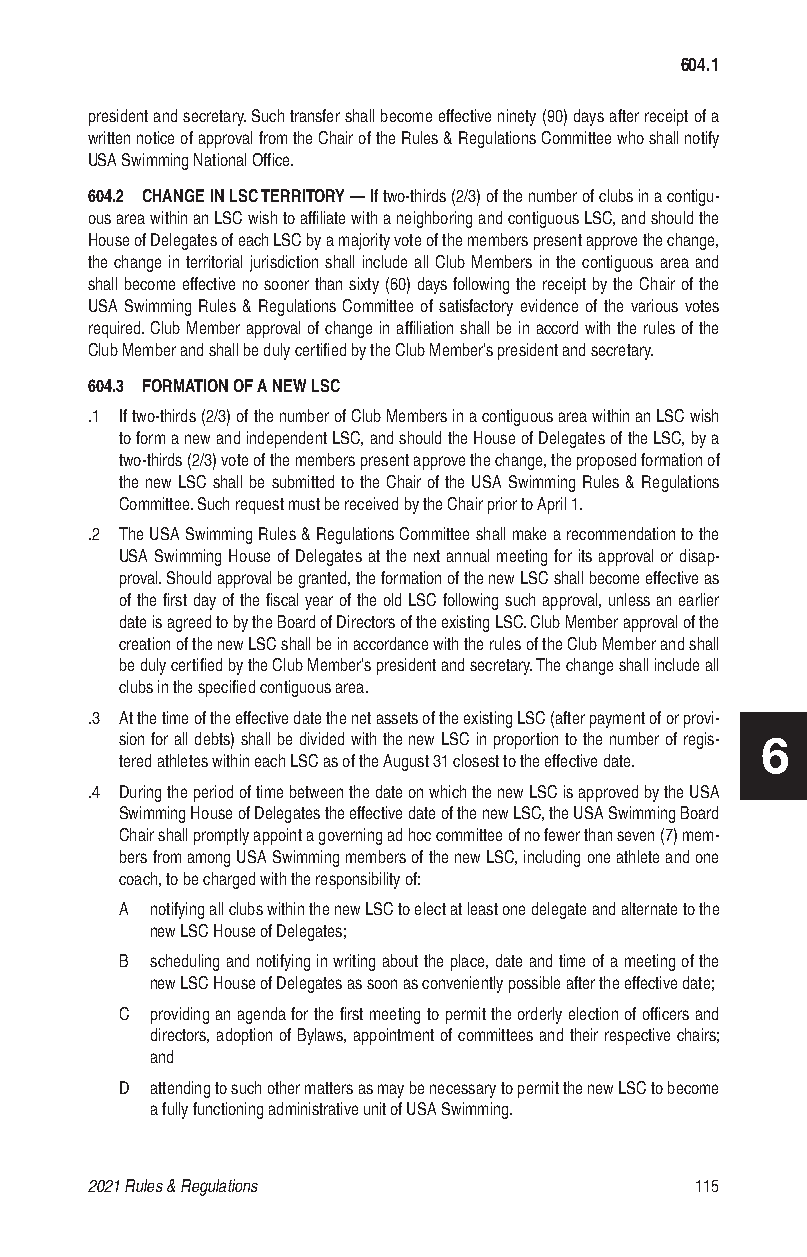
604.1
 president and secretary. Such transfer shall become effective ninety (90) days after receipt of a
 written notice of approval from the Chair of the Rules & Regulations Committee who shall notify
 USA Swimming National Office.
 604.2 CHANGE IN LSC TERRITORY — If two-thirds (2/3) of the number of clubs in a contigu-
 ous area within an LSC wish to affiliate with a neighboring and contiguous LSC, and should the
 House of Delegates of each LSC by a majority vote of the members present approve the change,
 the change in territorial jurisdiction shall include all Club Members in the contiguous area and
 shall become effective no sooner than sixty (60) days following the receipt by the Chair of the
 USA Swimming Rules & Regulations Committee of satisfactory evidence of the various votes
 required. Club Member approval of change in affiliation shall be in accord with the rules of the
 Club Member and shall be duly certified by the Club Member’s president and secretary.
 604.3 FORMATION OF A NEW LSC
 .1 If two-thirds (2/3) of the number of Club Members in a contiguous area within an LSC wish
 to form a new and independent LSC, and should the House of Delegates of the LSC, by a
 two-thirds (2/3) vote of the members present approve the change, the proposed formation of
 the new LSC shall be submitted to the Chair of the USA Swimming Rules & Regulations
 Committee. Such request must be received by the Chair prior to April 1.
 .2 The USA Swimming Rules & Regulations Committee shall make a recommendation to the
 USA Swimming House of Delegates at the next annual meeting for its approval or disap-
 proval. Should approval be granted, the formation of the new LSC shall become effective as
 of the first day of the fiscal year of the old LSC following such approval, unless an earlier
 date is agreed to by the Board of Directors of the existing LSC. Club Member approval of the
 creation of the new LSC shall be in accordance with the rules of the Club Member and shall
 be duly certified by the Club Member’s president and secretary. The change shall include all
 clubs in the specified contiguous area.
 .3 At the time of the effective date the net assets of the existing LSC (after payment of or provi-
 sion for all debts) shall be divided with the new LSC in proportion to the number of regis- 6
 tered athletes within each LSC as of the August 31 closest to the effective date.
 .4 During the period of time between the date on which the new LSC is approved by the USA
 Swimming House of Delegates the effective date of the new LSC, the USA Swimming Board
 Chair shall promptly appoint a governing ad hoc committee of no fewer than seven (7) mem-
 bers from among USA Swimming members of the new LSC, including one athlete and one
 coach, to be charged with the responsibility of:
 A notifying all clubs within the new LSC to elect at least one delegate and alternate to the
 new LSC House of Delegates;
 B scheduling and notifying in writing about the place, date and time of a meeting of the
 new LSC House of Delegates as soon as conveniently possible after the effective date;
 C providing an agenda for the first meeting to permit the orderly election of officers and
 directors, adoption of Bylaws, appointment of committees and their respective chairs;
 and
 D attending to such other matters as may be necessary to permit the new LSC to become
 a fully functioning administrative unit of USA Swimming.
 2021 Rules & Regulations                115